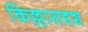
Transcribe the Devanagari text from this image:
किल्लासदृश